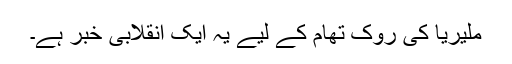
ملیریا کی روک تھام کے لیے یہ ایک انقلابی خبر ہے۔